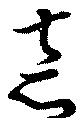
悳